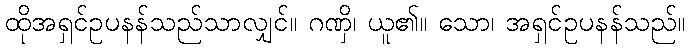
ထိုအရှင်ဥပနန်သည်သာလျှင်။ ဂဏှိ၊ ယူ၏။ သော၊ အရှင်ဥပနန်သည်။